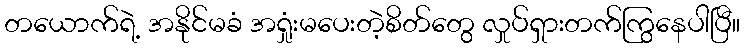
တယောက်ရဲ့ အနိုင်မခံ အရှုံးမပေးတဲ့စိတ်တွေ လှုပ်ရှားတက်ကြွနေပါပြီ။